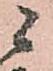
ニ